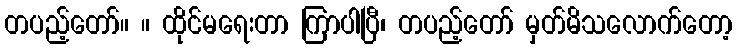
တပည့်တော်။ ။ ထိုင်မရေးတာ ကြာပါပြီ၊ တပည့်တော် မှတ်မိသလောက်တော့